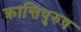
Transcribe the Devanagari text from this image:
क्रान्तिपुरुष